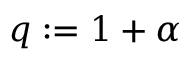
\textstyle q : = { 1 + \alpha }